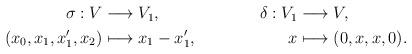
LaTeX: \begin{align*} \begin{aligned} \sigma: V &\longrightarrow V_1, \\ (x_0, x_1, x_1^\prime, x_2) &\longmapsto x_1 - x_1^\prime, \end{aligned} \qquad\qquad \begin{aligned} \delta: V_1 &\longrightarrow V, \\ x &\longmapsto (0, x, x, 0).\end{aligned}\end{align*}